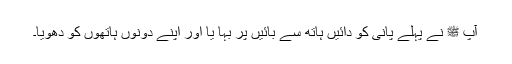
آپ ﷺ نے پہلے پانی کو دائیں ہاتھ سے بائیں پر بہا یا اور اپنے دونوں ہاتھوں کو دھویا۔